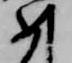
如